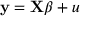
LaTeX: \mathbf { y } = \mathbf { X } \beta + u